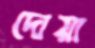
দোয়া